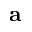
\mathbf { a }